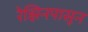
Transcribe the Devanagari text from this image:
रेझिनपासून